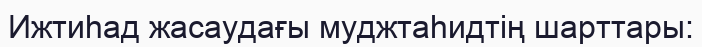
Ижтиһад жасаудағы муджтаһидтің шарттары: